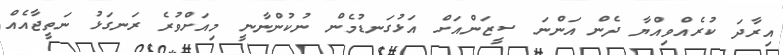
އިރާދަ ކުރެއްވިއްޔާ ދެން އަންނަ ސީޒަންއަށް އަޅުގަނޑުމެން ނުކުންނާނީ މިއަށްވުރެ ރަނގަޅު ނަތީޖާއެއް